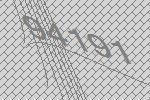
94191